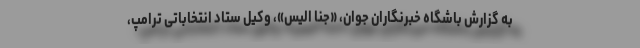
به گزارش باشگاه خبرنگاران جوان، «جنا الیس»، وکیل ستاد انتخاباتی ترامپ،